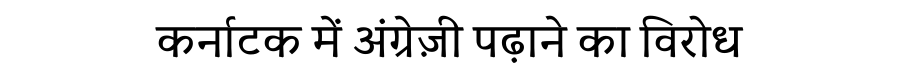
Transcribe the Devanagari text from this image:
कर्नाटक में अंग्रेज़ी पढ़ाने का विरोध